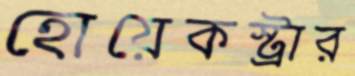
হোয়েকস্ট্রার